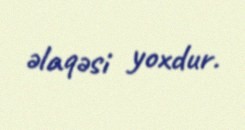
əlaqəsi yoxdur.